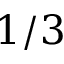
1 / 3